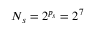
N _ { s } = 2 ^ { p _ { s } } = 2 ^ { 7 }